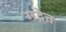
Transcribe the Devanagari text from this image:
गद्गेत